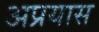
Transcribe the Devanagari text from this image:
अप्रयास